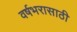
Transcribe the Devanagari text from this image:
वर्षभरासाठी